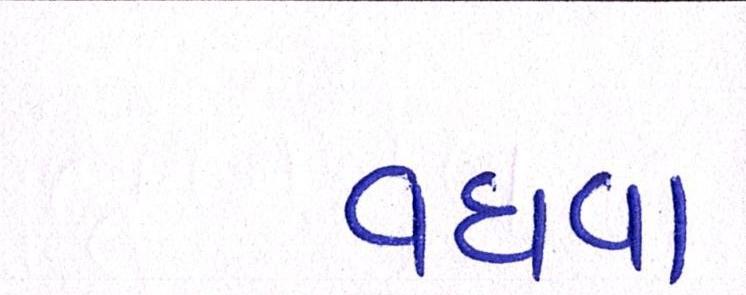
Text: વધવા